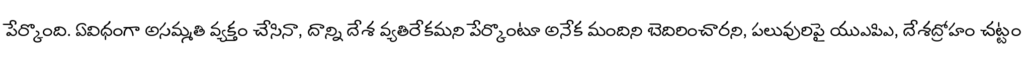
పేర్కొంది. ఏవిధంగా అసమ్మతి వ్యక్తం చేసినా, దాన్ని దేశ వ్యతిరేకమని పేర్కొంటూ అనేక మందిని బెదిరించారని, పలువురిపై యుఎపిఎ, దేశద్రోహం చట్టం